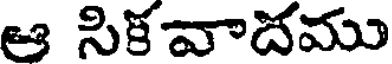
ఆ నికవాదము